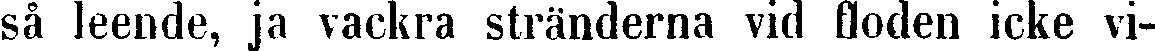
så leende, ja vackra stränderna vid floden icke vi-